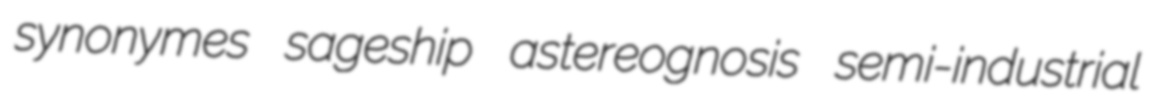
synonymes sageship astereognosis semi-industrial